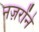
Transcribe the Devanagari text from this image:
नज़रोंने